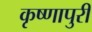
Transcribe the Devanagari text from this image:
कृष्णापुरी